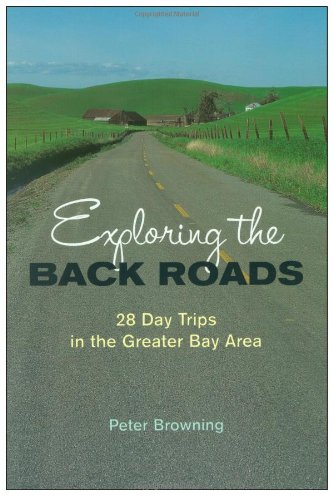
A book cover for Exploring the Back Roads: 28 Day Trips in the Greater Bay Area; Peter Browning; Travel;